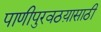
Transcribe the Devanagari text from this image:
पाणीपुरवठय़ासाठी